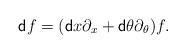
LaTeX: \begin{align*} {\sf d}f=({\sf d}x\partial_x+{\sf d}\theta\partial_\theta)f.\end{align*}